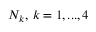
N _ { k } , \, k = 1 , . . . , 4